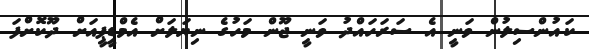
ކައުންސިލުން ވަނީ އެ ސަރަހައްދު ވަނީ ޖޫން މަހުގެ ނިޔަލަށް އެމްޑީޕީއަށް ދޫކޮށްފަ